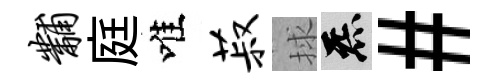
黼庭唯菽捄炁#